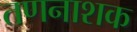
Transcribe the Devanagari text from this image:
तणनाशक